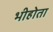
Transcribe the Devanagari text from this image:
भीहोता